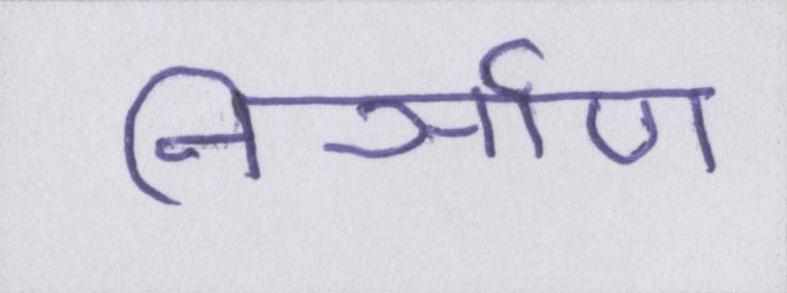
निर्ञाण